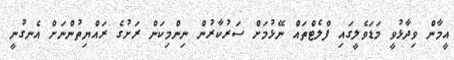
އީމާން ވިދާޅުވީ މަޑަވެލީގައި ފްލެޓްތައް ނޭޅުމަށް ސަރުކާރުން ނިންމިކަން ރަށުގެ ރައްޔިތުންނަށް އެނގުނީ